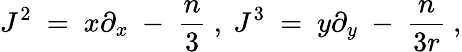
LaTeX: J^{2}\ =\ x\partial_{x}\ -\ {\frac{n}{3}}\ ,\ J^{3}\ =\ y\partial_{y}\ -\ {\frac{n}{3r}}\ ,